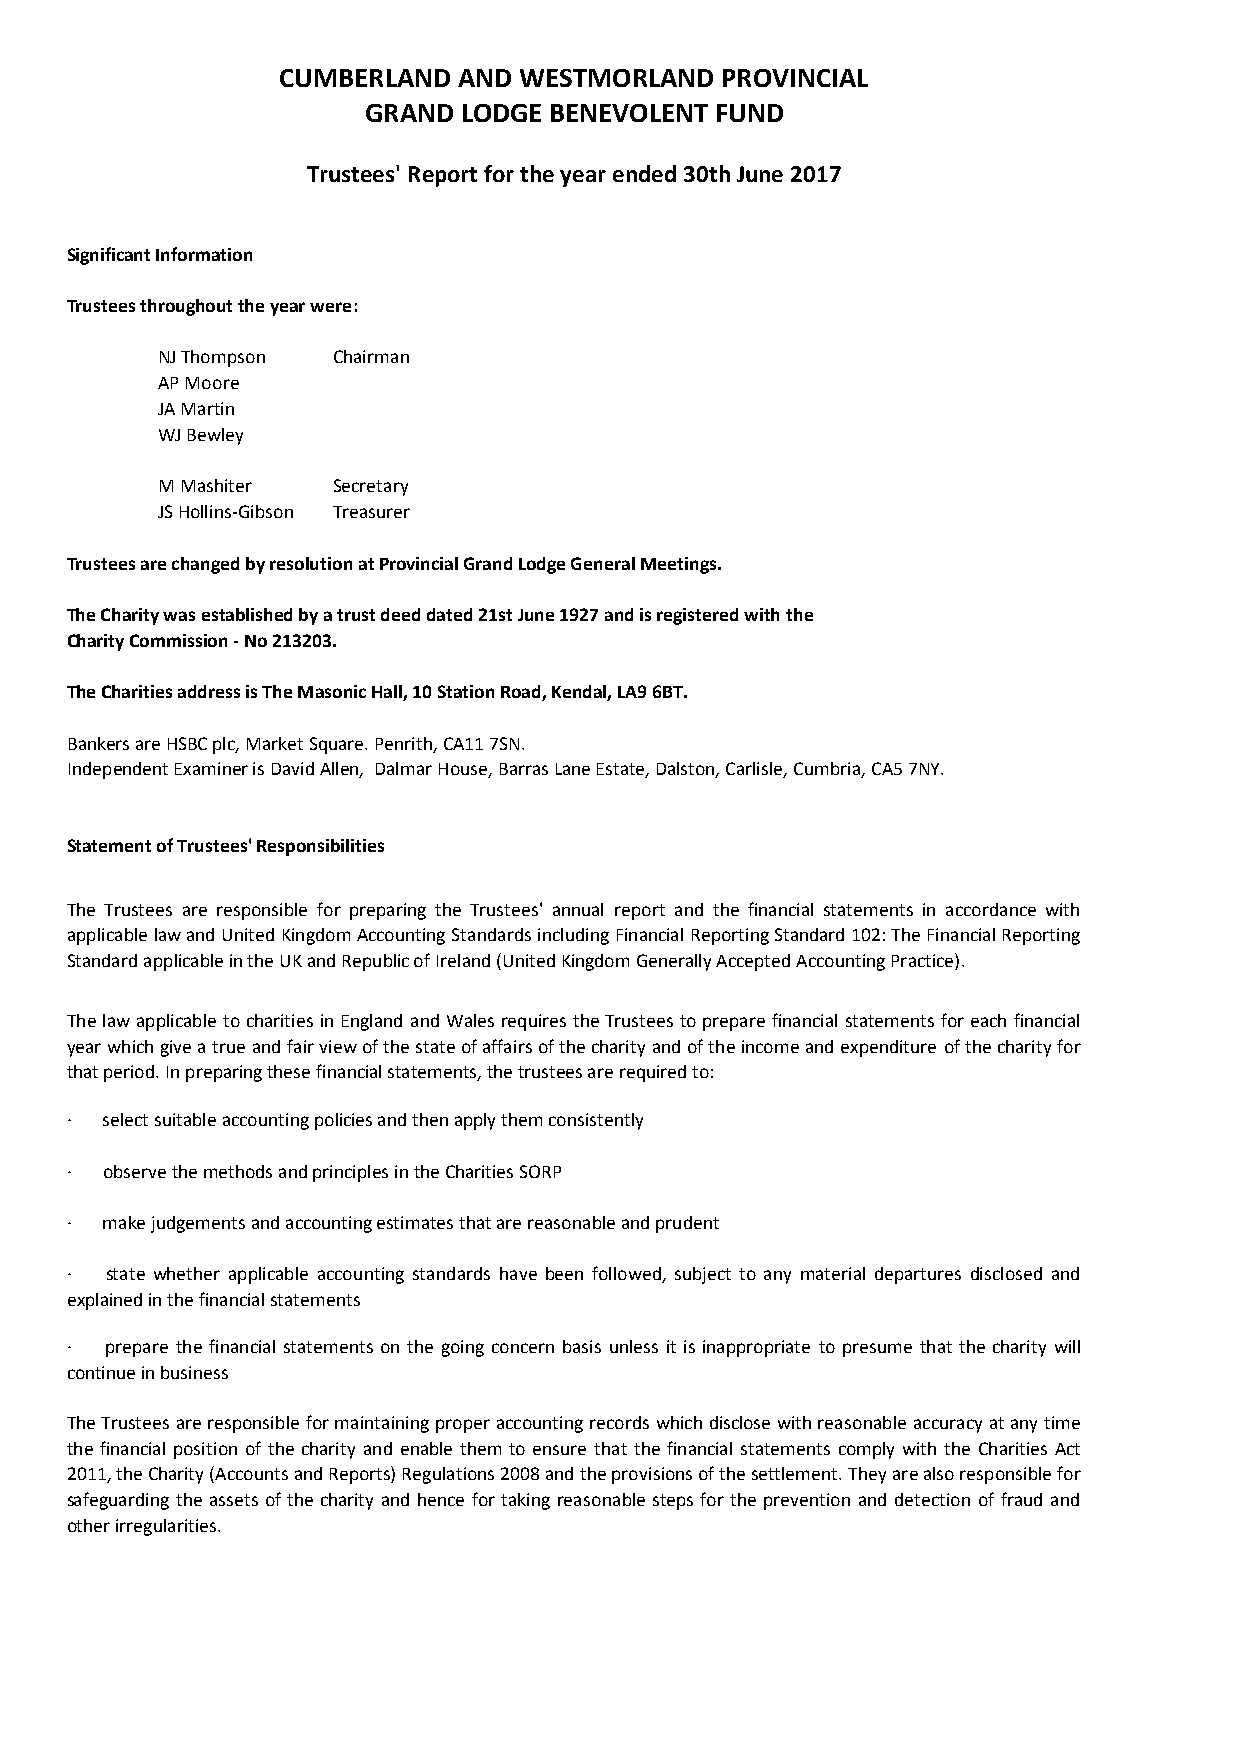
CUMBERLAND  AND WESTMORLAND   PROVINCIAL
 GRAND LODGE BENEVOLENT FUND
 Trustees' Report for the year ended 30th June 2017
 Significant Information
 Trustees throughout the year were:
 NJ Thompson Chairman
 AP Moore
 JA Martin
 WJ Bewley
 M Mashiter  Secretary
 JS Hollins-Gibson Treasurer
 Trustees are changed by resolution at Provincial Grand Lodge General Meetings.
 The Charity was established by a trust deed dated 21st June 1927 and is registered with the
 Charity Commission - No 213203.
 The Charities address is The Masonic Hall, 10 Station Road, Kendal, LA9 6BT.
 Bankers are HSBC plc, Market Square. Penrith, CA11 7SN.
 Independent Examiner is David Allen, Dalmar House, Barras Lane Estate, Dalston, Carlisle, Cumbria, CA5 7NY.
 Statement of Trustees' Responsibilities
 The Trustees are responsible for preparing the Trustees' annual report and the financial statements in accordance with
 applicablelawandUnitedKingdomAccountingStandardsincludingFinancialReportingStandard102:TheFinancialReporting
 Standard applicable in the UK and Republic of Ireland (United Kingdom Generally Accepted Accounting Practice).
 Thelawapplicable tocharitiesinEngland andWalesrequirestheTrusteestopreparefinancialstatementsforeachfinancial
 yearwhichgiveatrueandfairviewofthestateofaffairsofthecharityandoftheincomeandexpenditure ofthecharityfor
 that period. In preparing these financial statements, the trustees are required to:
 ·  select suitable accounting policies and then apply them consistently
 ·  observe the methods and principles in the Charities SORP
 ·  make judgements and accounting estimates that are reasonable and prudent
 ·  state whether applicable accounting standards have been followed, subject to any material departures disclosed and
 explained in the financial statements
 ·  prepare the financial statements on the going concern basis unless it is inappropriate to presume that the charity will
 continue in business
 TheTrusteesareresponsibleformaintainingproperaccountingrecordswhichdisclosewithreasonableaccuracyatanytime
 the financial position of the charity and enable them to ensure that the financial statements comply with the Charities Act
 2011,theCharity(AccountsandReports)Regulations2008andtheprovisionsofthesettlement.Theyarealsoresponsiblefor
 safeguarding theassetsofthecharity and hence fortaking reasonable steps forthe prevention and detection of fraud and
 other irregularities.